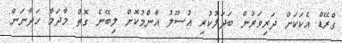
ގްރޭޑް އެކަކަށް ދަރިވަރުން ބަދަލުކުރި އުސޫލު އާންމުކޮށް ލިބޭނެ ގޮތް މާދަމާ ހަދާނަން: